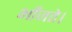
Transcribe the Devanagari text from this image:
भाँजते।